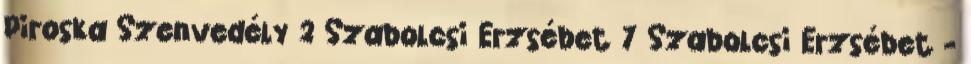
Piroska Szenvedély 2 Szabolcsi Erzsébet 7 Szabolcsi Erzsébet -